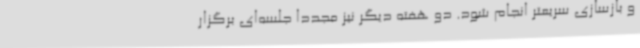
و بازسازی سریعتر انجام شود. دو هفته دیگر نیز مجددا جلسه‌ای برگزار